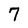
Character: 7